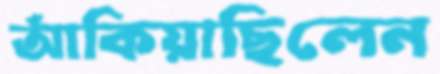
আঁকিয়াছিলেন